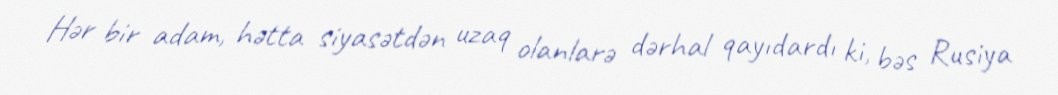
Hər bir adam, hətta siyasətdən uzaq olanlarə dərhal qayıdardı ki, bəs Rusiya